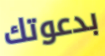
بدعوتك